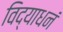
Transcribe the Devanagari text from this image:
विद्याधनं